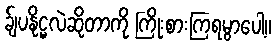
ခ်ျပနိုင္မလဲဆိုတာကို ကြိုးစားကြရမွာပေါ့။